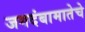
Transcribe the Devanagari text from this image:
जगदंबामातेचे